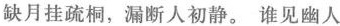
缺月挂疏桐，漏断人初静。谁见幽人